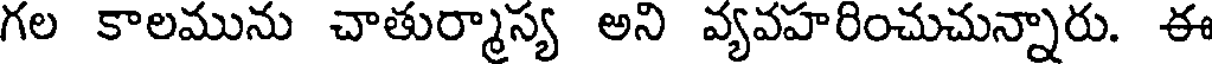
గల కాలమును చాతుర్మాస్య అని వ్యవహరించుచున్నారు. ఈ